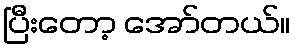
ပြီးတော့ အော်တယ်။